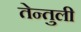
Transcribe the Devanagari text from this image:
तेन्तुली